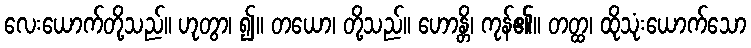
လေးယောက်တို့သည်။ ဟုတွာ၊ ၍။ တယော၊ တို့သည်။ ဟောန္တိ၊ ကုန်၏။ တတ္ထ၊ ထိုသုံးယောက်သော